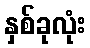
နှစ်ခုလုံး